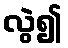
လွဲ၍